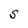
Character: S